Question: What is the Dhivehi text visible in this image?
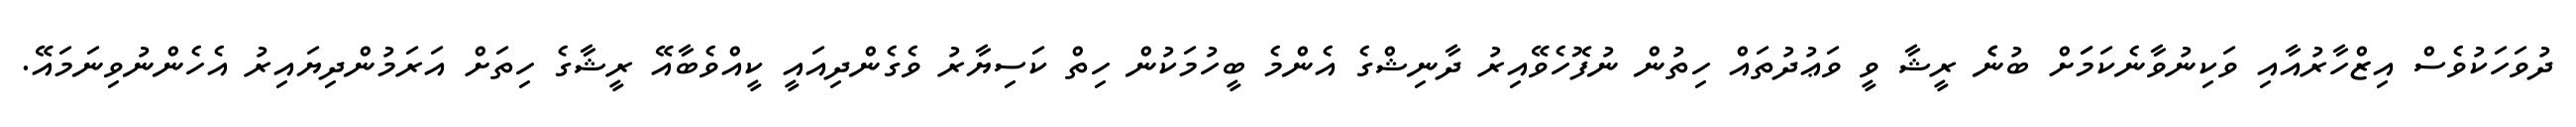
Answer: ދުވަހަކުވެސް އިޒްހާރުއާއި ވަކިނުވާނެކަމަަށް ބުނެެ ރީޝާ ވީ ވަޢުދުތައް ހިތުން ނުފޮހެވޭއިރު ދާނިޝްގެ އެންމެ ބީހުމަކުން ހިތް ކަސިޔާރު ވެގެންދިއައީ ކީއްވެބާއޭ ރީޝާގެ ހިތަށް އަރަމުންދިޔައިރު އެހެންނުވިނަމައޭ.